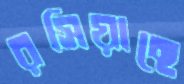
রসিয়াছে